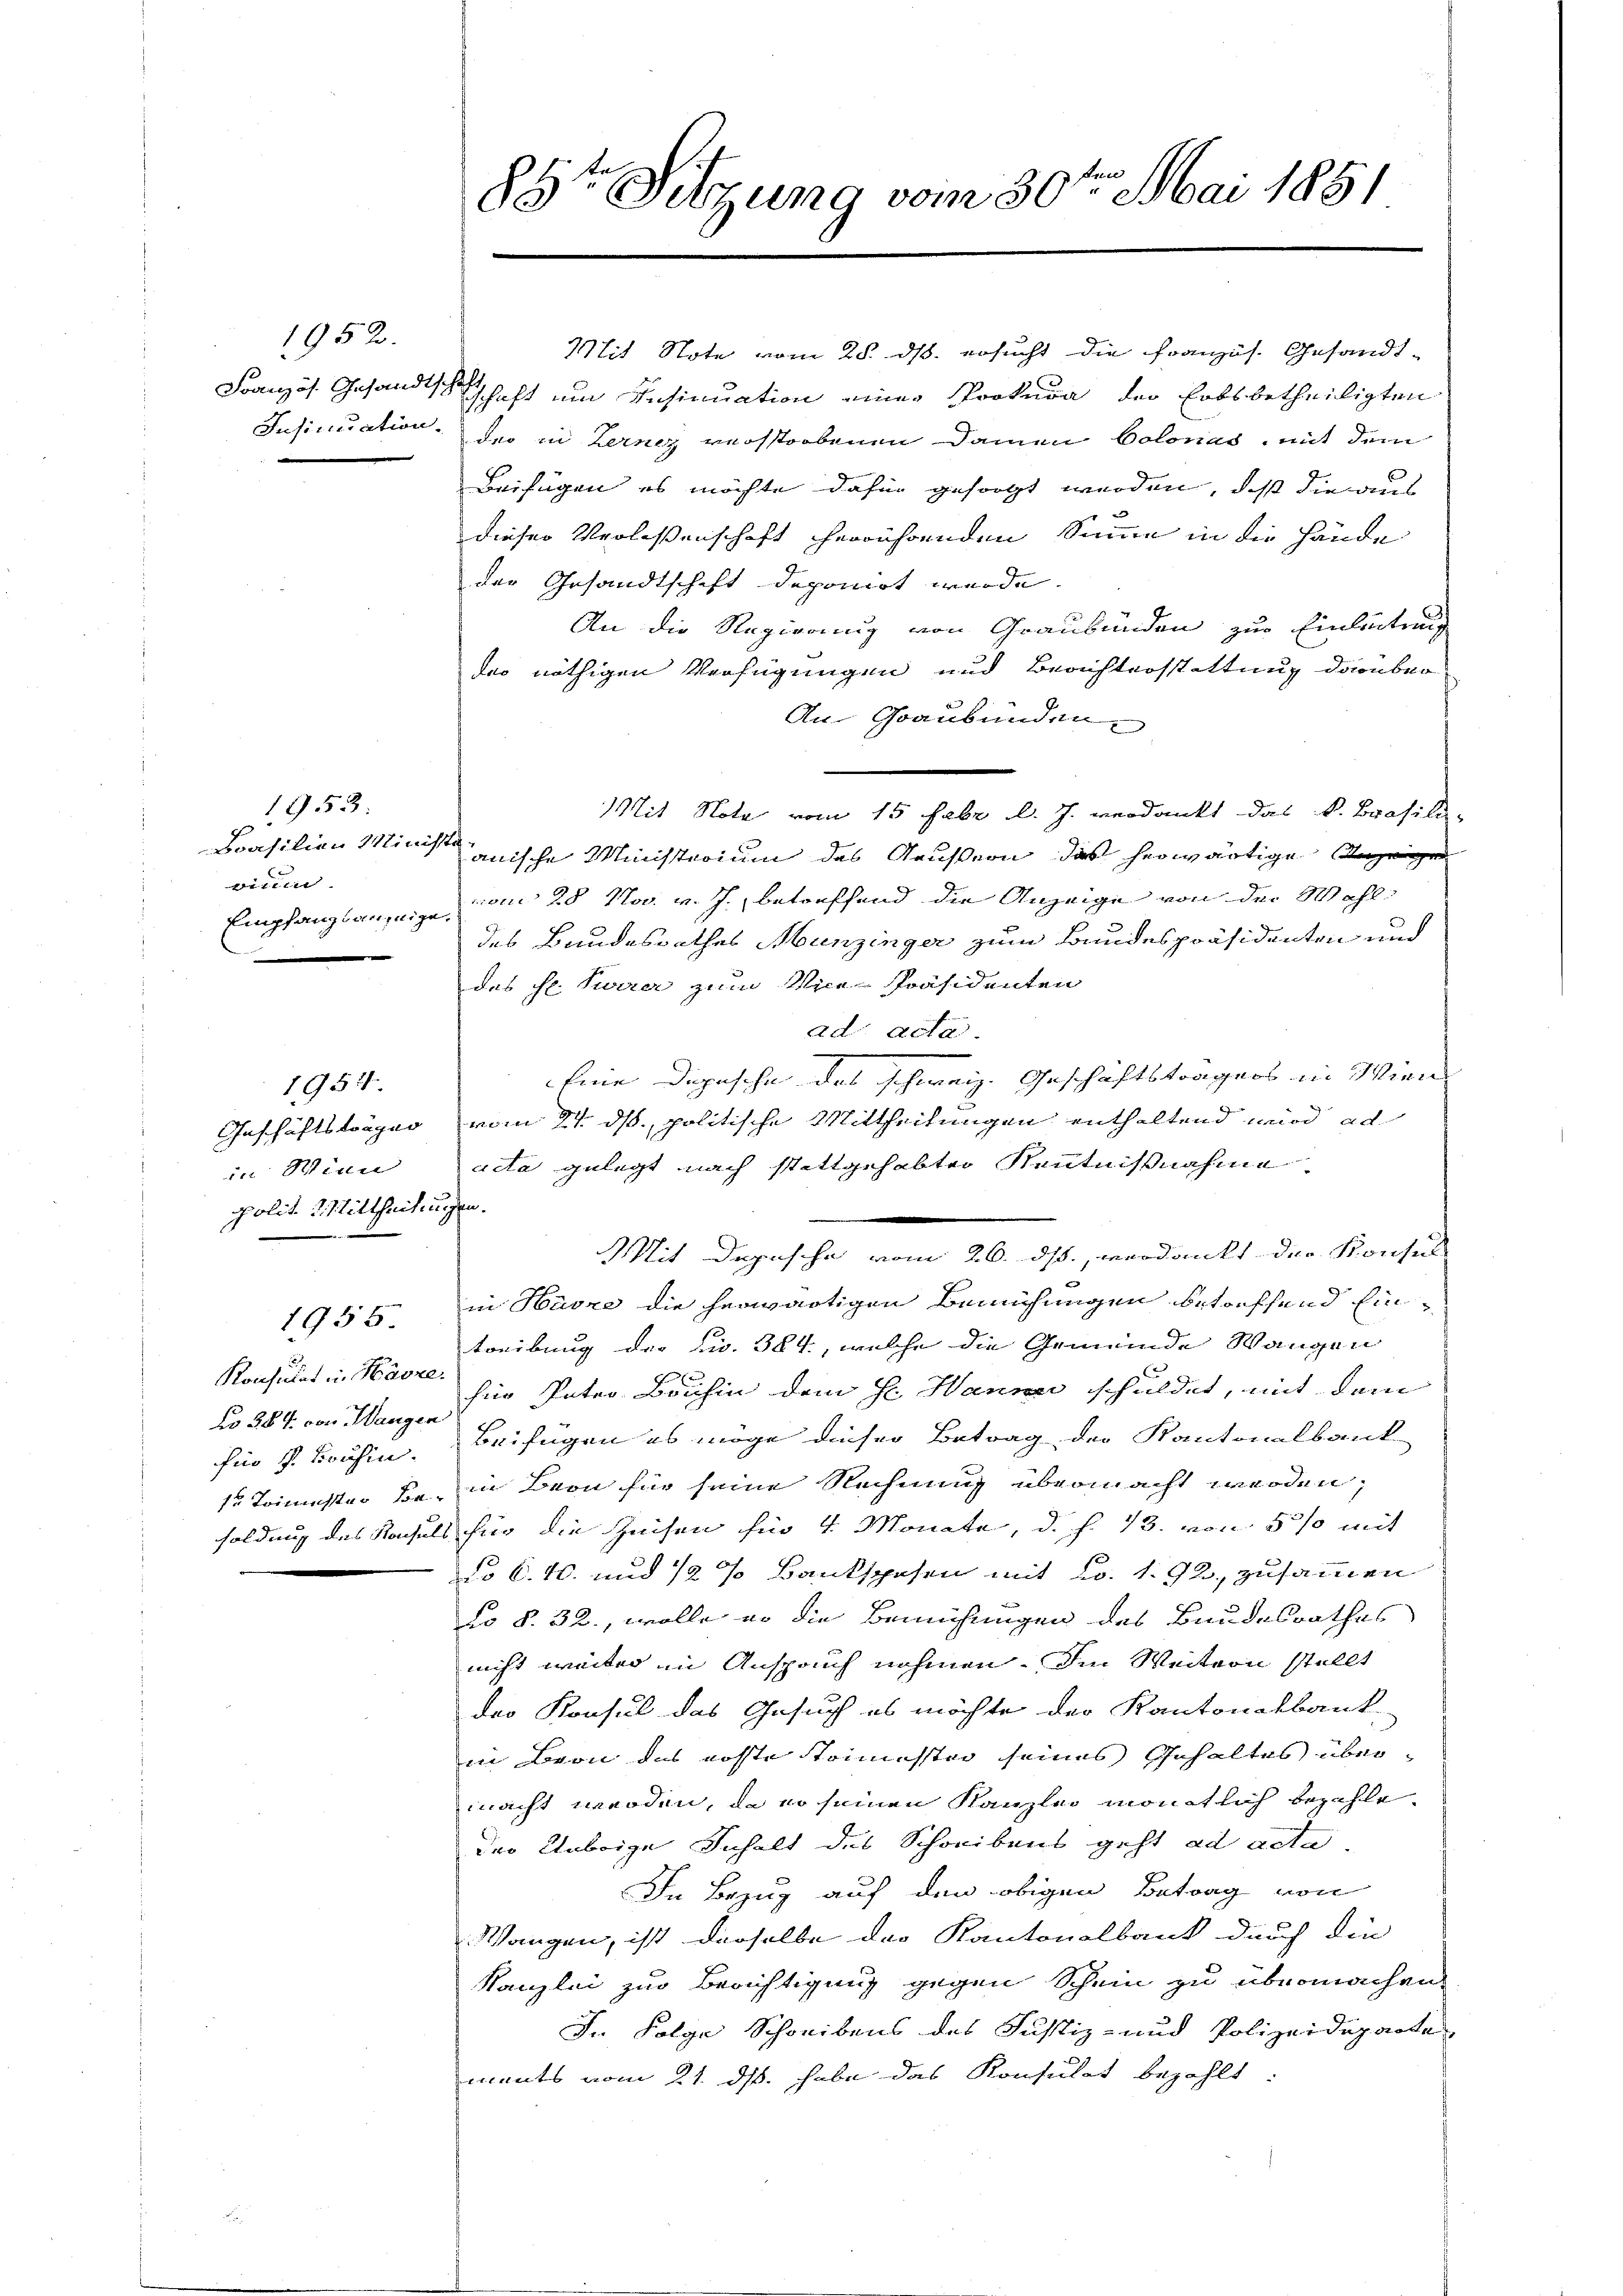
1952.
Insinuation.

1953:
Brasilien Minis
vitien
Empfangsanzeige
e

1954.
Geschäftsträger
in Wien
polit. d. Mittheiling

Konsulat in Harze
No 387. von Mangen
Ein P. Bousin.
sr Trinister von
soldung des Konsul

1955.

85te Sitzung vom 30te͇n Mai 1851

Mit Note vom 28. ds. ersucht die Französ. Gesandt-
Französ. Gesandtschenschaft um Insinuation einer Prokura der Erbsbetheiligten
der in Zerniz verstorbenen Damen Colonas, mit dem
Beifügen es möchte dahin gesorgt werden, daß die aus
dieser Verlassenschaft herrührenden Sie in die Hände
der Gesandtschaft deponirt werde.
An die Regierung von Graubünden zur Einleitung
deo nöthigen Verfügungen und Berichterstattung darüber
An-Graubünden.
Mit Note vom 15 Fabr d. J. verdankt das k. Brasili-
anische Ministerium des Aeussion das herwärtige Anzeige
vom 28 Nov. v. J. betreffend die Anzeige von der Wahl
des Bundesrathes Munzinger zum Bundespräsidenten und
des Hr. Parrer zum Vice-Präsidenten
ad acta
Eine Depesche das schweiz. Geschäftsträgers in Wien
vom 24. ds., politische Mittheilungen enthaltend wird ad
acta gelegt nach stattgehabter Kenntnißnahme
strat
Mit Depesche vom 26. ds, verdankt der Konsul
in Havre die herwärtigen Bemühungen betreffend Eintreibung der No. 384, welche die Gemeinde Wangen
für Pater Bruhin dem se Hanne schuldet, mit dem
Beifügen es möge dieser Betrag der Kantonalbank
in Bron für seine Rechnung übermacht werden,
für die Zeisen für 4 Monate, d. h. 13. von 5 % mit
do 6. 10. und 12 % Bankspesen mit No. 1. 92, zusammen
co §. 32., wolle er die Bemühungen des Bundesrathes
nicht weiter in Anspruch nehmen. Im Weitern stellt
der Konsul das Gesuch es möchte der Kantonalbank
in Bern das erste toimester seines Inhaltes übermacht werden, da er seinen Kanzlei monatlich bezahle
der Uebrige Inhalt des Schreibens geht ad acta
In Bezug auf den obigen Betrag von
Wangen, ist derselbe das Kantonalbank durch die
Kanzlei zur Berichtigung gegen Schein zu übermachen,
In Folge Schreibens des Justiz- und Polizeideparte
ments vom 21. ds. habe das Konsulat bezahlt: